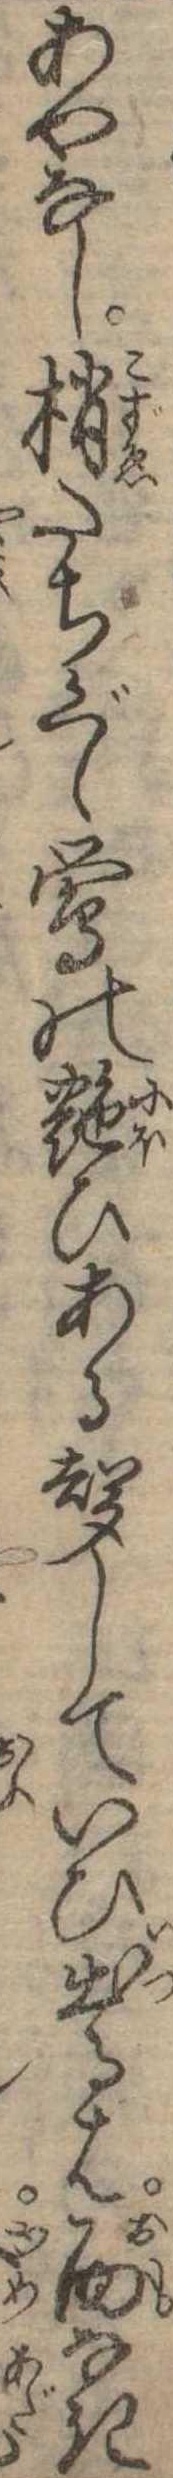
あやなし梢たちぐゝ鴬の艶ひある声していひ出るは面なき